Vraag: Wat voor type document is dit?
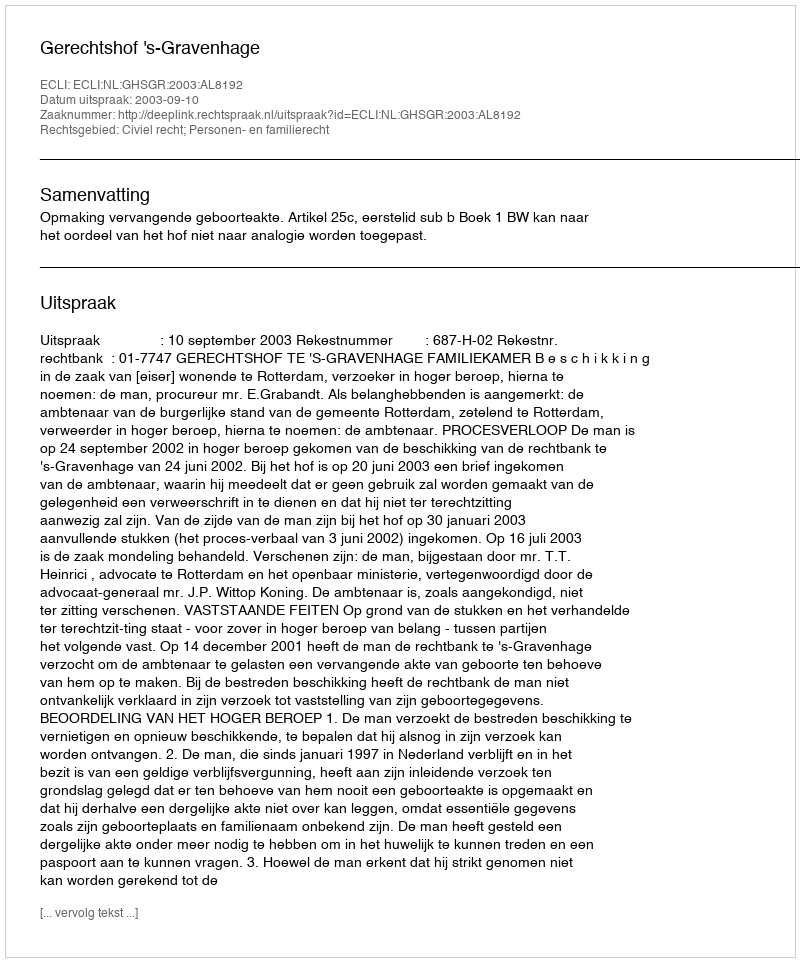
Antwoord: Uitspraak